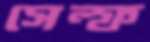
সেল্ফ